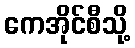
ကေအိုင်စီသို့